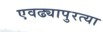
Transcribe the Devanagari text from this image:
एवढ्यापुरत्या